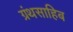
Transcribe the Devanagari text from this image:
ग्रंथसाहिब